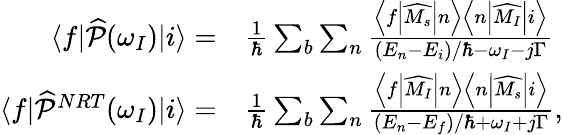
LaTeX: \begin{array}{rl}{\langle f\vert\widehat{\mathcal{P}}(\omega_{I})\vert i\rangle=}&{\frac{1}{\hbar}\sum_{b}\sum_{n}\frac{\left<f\middle|\widehat{M_{s}}\middle|n\right>\left<n\middle|\widehat{M_{I}}\middle|i\right>}{\left(E_{n}-E_{i}\right)/\hbar-\omega_{I}-j\Gamma}}\\ {\langle f\vert\widehat{\mathcal{P}}^{NRT}(\omega_{I})\vert i\rangle=}&{\frac{1}{\hbar}\sum_{b}\sum_{n}\frac{\left<f\middle|\widehat{M_{I}}\middle|n\right>\left<n\middle|\widehat{M_{s}}\middle|i\right>}{\left(E_{n}-E_{f}\right)/\hbar+\omega_{I}+j\Gamma},}\end{array}